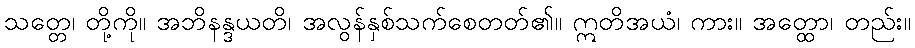
သတ္တေ၊ တို့ကို။ အဘိနန္ဒယတိ၊ အလွန်နှစ်သက်စေတတ်၏။ ဣတိအယံ၊ ကား။ အတ္ထော၊ တည်း။